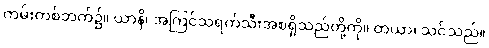
ကမ်းတစ်ဘက်၌။ ယာနိ၊ အကြင်သရက်သီးအစရှိသည်တို့ကို။ တယာ၊ သင်သည်။